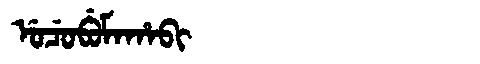
Manchu: ᡠᠴᡠᠪᡠᠮᠠᡥᠠᠪᡳ
Romanization: UCUBUMAHABI